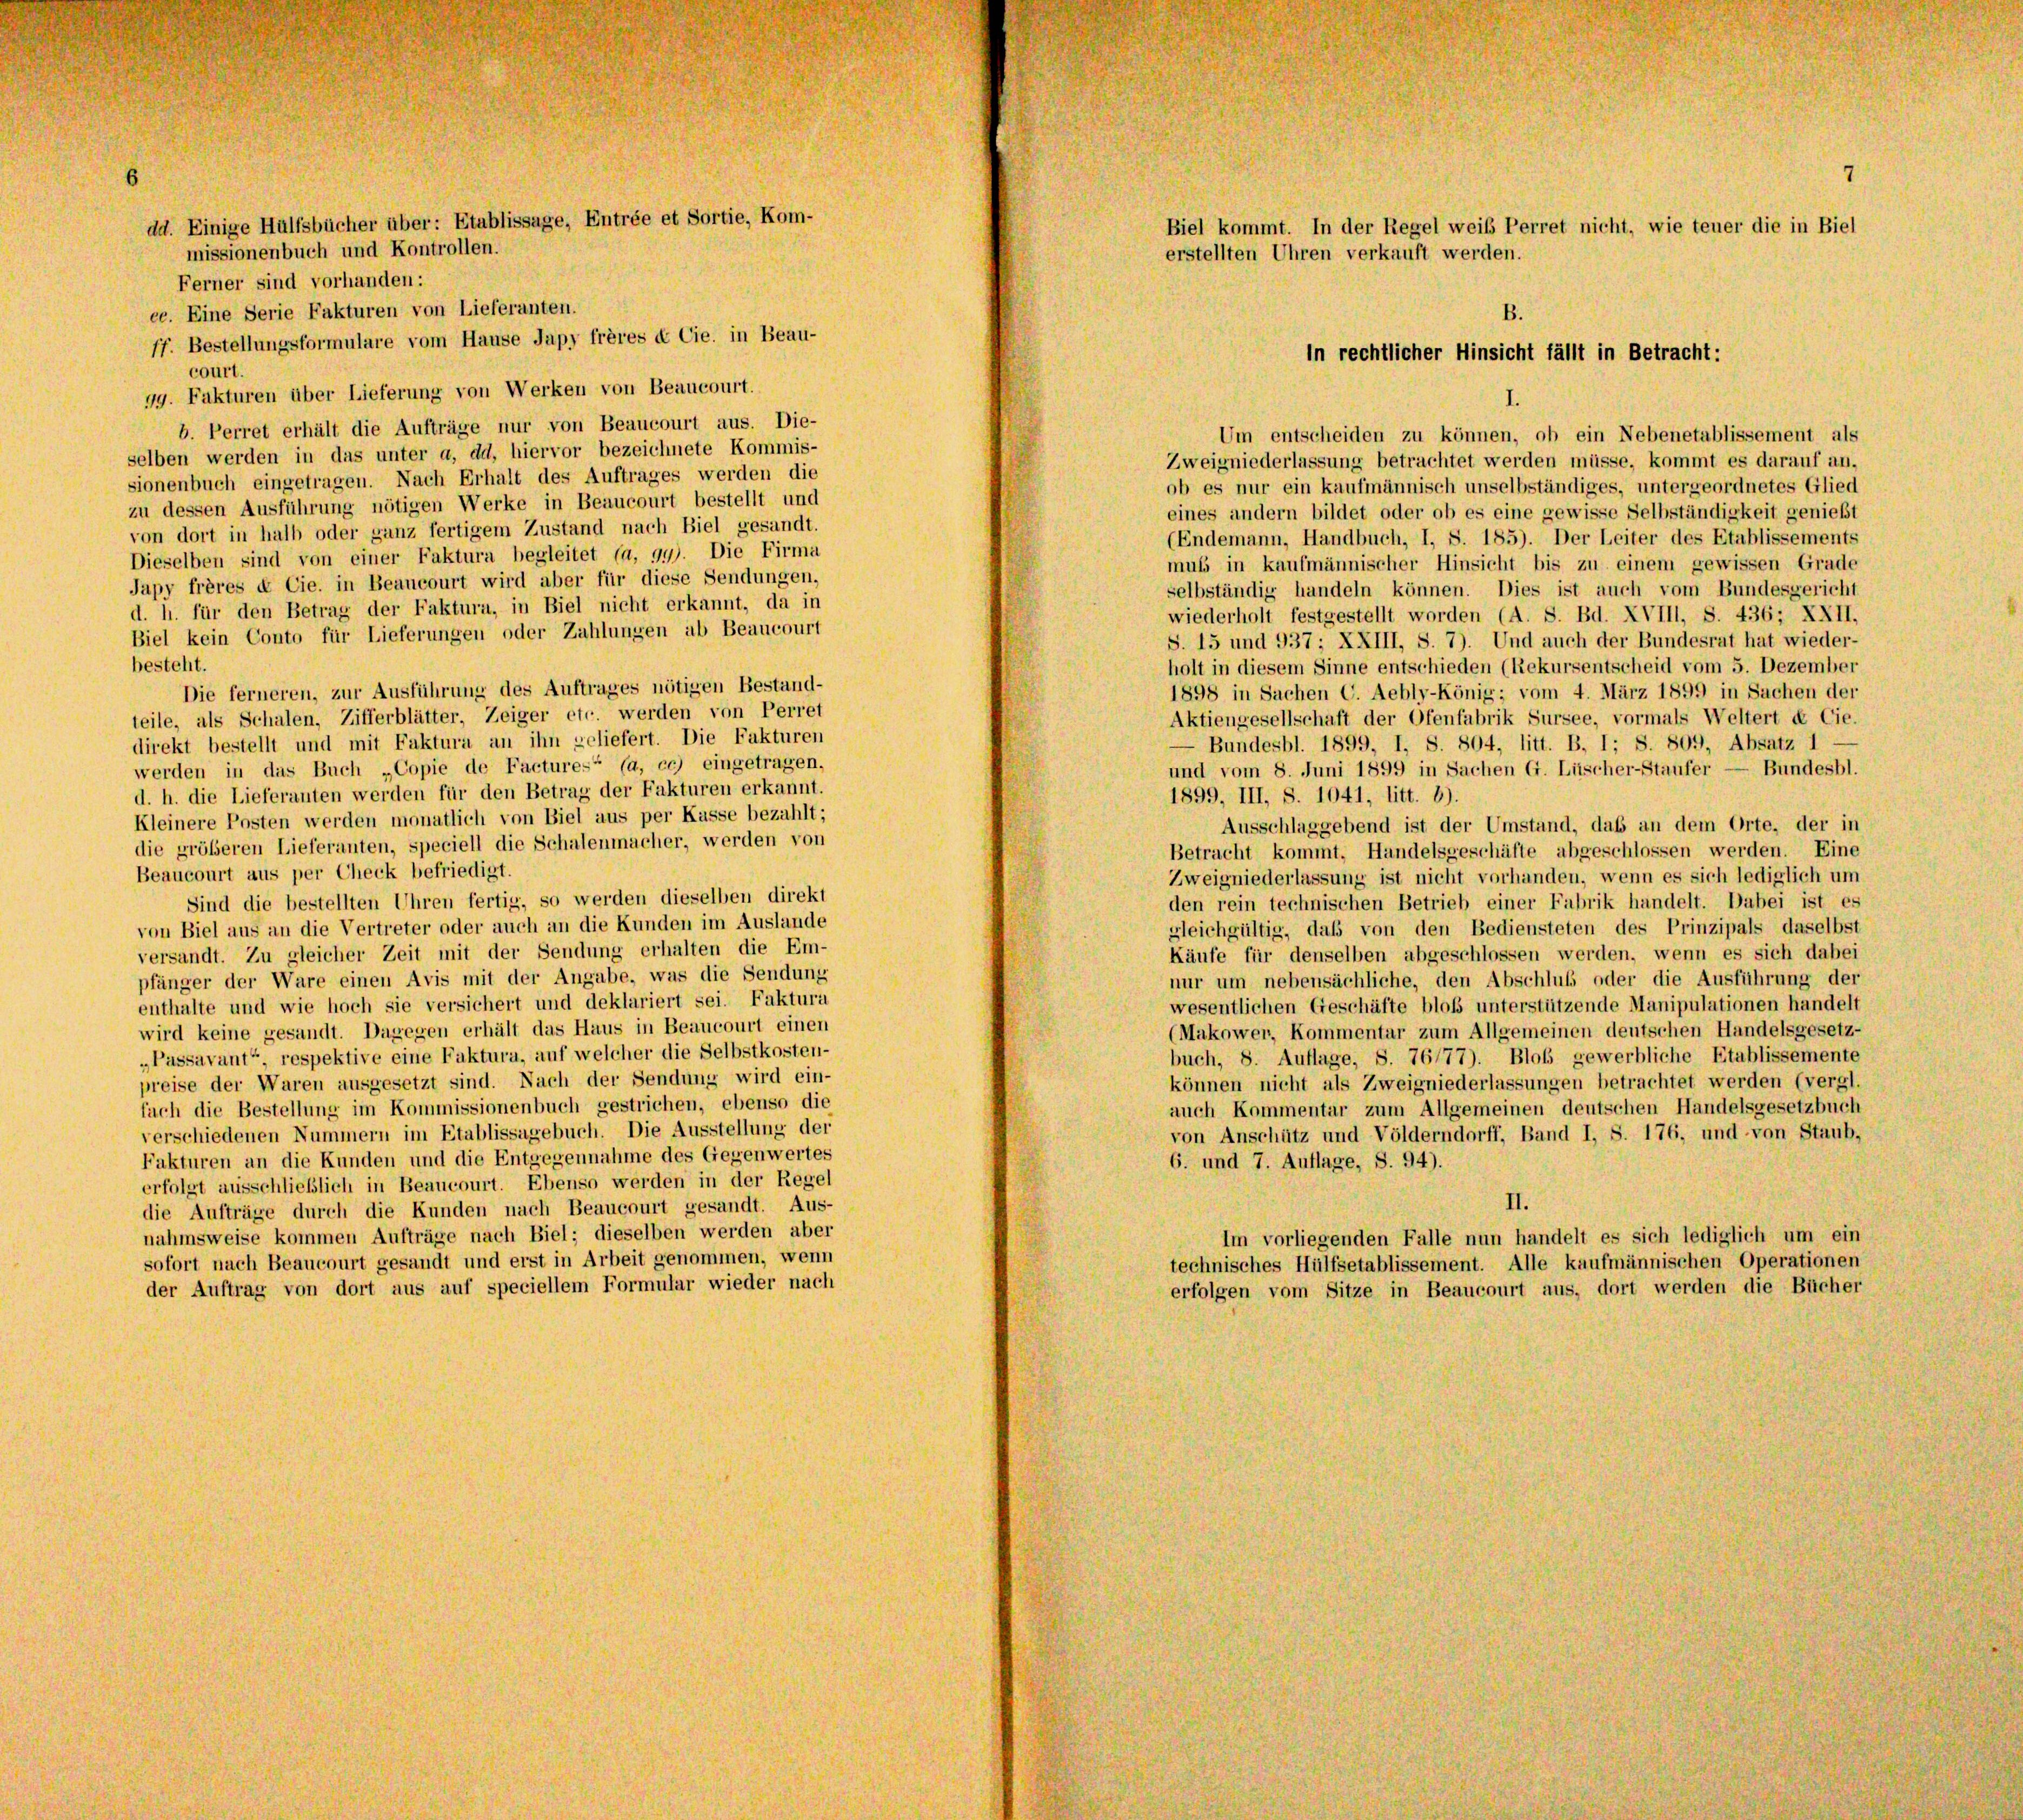
court.
99. Fakturen über Lieferung von Werken von Beaucourt.
b. Perret erhält die Aufträge nur von Beaucourt aus. Die
selben werden in das unter a, dd, hiervor bezeichnete Kommis
sionenbuch eingetragen. Nach Erhalt des Auftrages werden d
zu dessen Ausführung nötigen Werke in Beaucourt bestellt un
von dort in halb oder ganz fertigem Zustand nach Biel gesandt
Dieselben sind von einer Faktura begleitet (a, 99). Die Firn
Japy frères & Cie. in Beaucourt wird aber für diese Sendunger
d. h. für den Betrag der Faktura, in Biel nicht erkannt, da
Biel kein Conto für Lieferungen oder Zahlungen ab Beaucon
besteht.
Die ferneren, zur Ausführung des Auftrages nötigen Bestand
teile, als Schalen, Zifferblätter, Zeiger etc. werden von Perr
direkt bestellt und mit Faktura an ihn geliefert. Die Faktur
werden in das Buch „Copie de Factures“ (a, ec) eingetrage
d. h. die Lieferanten werden für den Betrag der Fakturen erkant
Kleinere Posten werden monatlich von Biel aus per Kasse bezah
die größeren Lieferanten, speciell die Schalenmacher, werden ve
Beaucourt aus per Check befriedigt.
Sind die bestellten Uhren fertig, so werden dieselben dire
von Biel aus an die Vertreter oder auch an die Kunden im Ausland
versandt. Zu gleicher Zeit mit der Sendung erhalten die E
fänger der Ware einen Avis mit der Angabe, was die Sendung
enthalte und wie hoch sie versichert und deklariert sei. Faktura
wird keine gesandt. Dagegen erhält das Haus in Beaucourt einen
„Passavant“, respektive eine Faktura, auf welcher die Selbstkosten-
preise der Waren ausgesetzt sind. Nach der Sendung wird ein-
fach die Bestellung im Kommissionenbuch gestrichen, ebenso die
verschiedenen Nummern im Etablissagebuch. Die Ausstellung der
Fakturen an die Kunden und die Entgegennahme des Gegenwertes
erfolgt ausschließlich in Beaucourt. Ebenso werden in der Regel
die Aufträge durch die Kunden nach Beaucourt gesandt. Aus-
nahmsweise kommen Aufträge nach Biel; dieselben werden aber
sofort nach Beaucourt gesandt und erst in Arbeit genommen, wenn
der Auftrag von dort aus auf speciellem Formular wieder nach

dd. Einige Hülfsbücher über: Etablissage, Entrée et Sortie, Kom
missionenbuch und Kontrollen.
Ferner sind vorhanden:
ee. Eine Serie Fakturen von Lieferanten.
ff. Bestellungsformulare vom Hause Japy frères & Cie. in Beau-

6-
e
ie
d

et
II
n.

1
6

7
Biel kommt. In der Regel weib Perret nicht, wie teuer die in Biel
erstellten Uhren verkauft werden.
B.

in rechtlicher Hinsicht fällt in Betracht:

Um entscheiden zu können, ob ein Nebenetablissement als
Zweigniederlassung betrachtet werden müsse, kommt es darauf an,
ob es nur ein kaufmännisch unselbständiges, untergeordnetes Glied
eines andern bildet oder ob es eine gewisse Selbständigkeit genießt
(Endemann, Handbuch, I, S. 185). Der Leiter des Etablissements
muss in kaufmännischer Hinsicht bis zu einem gewissen Grade
selbständig handeln können. Dies ist auch vom Bundesgericht
wiederholt festgestellt worden (A. S. Bd. XVIII, S. 436; XXII,
S. 15 und 937; XXIII, S. 7). Und auch der Bundesrat hat wieder-
holt in diesem Sinne entschieden (Rekursentscheid vom 5. Dezember
1898 in Sachen C. Aebly-König; vom 4. März 1899 in Sachen der
Aktiengesellschaft der Ofenfabrik Sursee, vormals Weltert de Cie.
Bundesbl. 1899, I, S. 804, litt. B, 1; S. 809, Absatz 1
und vom 8. Juni 1899 in Sachen G. Lüscher-Staufer — Bundesbl.
1899, III, S. 1041, litt. b).
Ausschlaggebend ist der Umstand, das an dem Orte, der in
Betracht kommt, Handelsgeschäfte abgeschlossen werden. Eine
Zweigniederlassung ist nicht vorhanden, wenn es sich lediglich um
den rein technischen Betrieb einer Fabrik handelt. Dabei ist es
gleichgültig, daß von den Bediensteten des Prinzipals daselbst
Käufe für denselben abgeschlossen werden, wenn es sich dabei
nur um nebensächliche, den Abschluss oder die Ausführung der
wesentlichen Geschäfte bloß unterstützende Manipulationen handelt
(Makower, Kommentar zum Allgemeinen deutschen Handelsgesetz-
buch, 8. Auflage, S. 76/77). Bloß gewerbliche Etablissemente
können nicht als Zweigniederlassungen betrachtet werden (vergl.
auch Kommentar zum Allgemeinen deutschen Handelsgesetzbuch
von Anschütz und Völderndorff, Band I, S. 176, und von Staub,
6. und 7. Auflage, S. 94).
II.
Im vorliegenden Falle nun handelt es sich lediglich um ein
technisches Hülfsetablissement. Alle kaufmännischen Operationen
erfolgen vom Sitze in Beaucourt aus, dort werden die Bücher